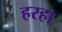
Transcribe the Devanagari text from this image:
हरहा